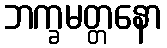
ဘက္ခမတ္တနော